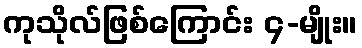
ကုသိုလ်ဖြစ်ကြောင်း ၄-မျိုး။